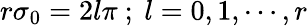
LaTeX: r\sigma_{0}=2l\pi~;~l=0,1,\cdots,r